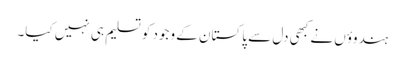
ہندوؤں نے کبھی دل سے پاکستان کے وجود کو تسلیم ہی نہیں کیا۔